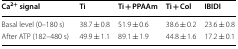
| Ca2+ signal | Ti | Ti + PPAAm | Ti + Col | IBIDI |
 | --- | --- | --- | --- | --- |
 | Basal level (0–180 s) | 38.7 ± 0.8 | 51.9 ± 0.6 | 38.6 ± 0.2 | 23.6 ± 0.8 |
 | After ATP (182–480 s) | 49.9 ± 1.1 | 89.1 ± 1.9 | 44.8 ± 1.6 | 17.2 ± 0.1 |